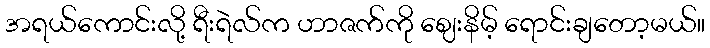
အရယ်ကောင်းလို့ ရီးရဲလ်က ဟာဇက်ကို ဈေးနိမ့် ရောင်းချတော့မယ်။